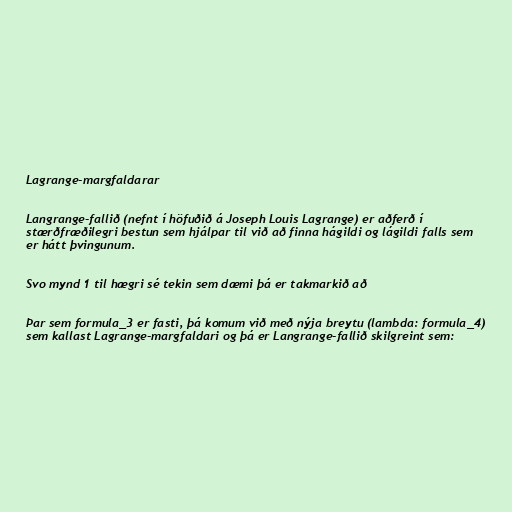
Lagrange-margfaldarar

Langrange-fallið (nefnt í höfuðið á Joseph Louis Lagrange) er aðferð í
stærðfræðilegri bestun sem hjálpar til við að finna hágildi og lágildi falls sem
er hátt þvingunum.

Svo mynd 1 til hægri sé tekin sem dæmi þá er takmarkið að

Þar sem formula_3 er fasti, þá komum við með nýja breytu (lambda: formula_4)
sem kallast Lagrange-margfaldari og þá er Langrange-fallið skilgreint sem: